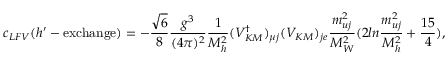
c _ { L F V } ( h ^ { \prime } - \mathrm { e x c h a n g e } ) = - \frac { \sqrt { 6 } } { 8 } \frac { g ^ { 3 } } { ( 4 \pi ) ^ { 2 } } \frac { 1 } { M _ { h } ^ { 2 } } ( V _ { K M } ^ { \dag } ) _ { \mu j } ( V _ { K M } ) _ { j e } \frac { m _ { u j } ^ { 2 } } { M _ { W } ^ { 2 } } ( 2 l n \frac { m _ { u j } ^ { 2 } } { M _ { h } ^ { 2 } } + \frac { 1 5 } { 4 } ) ,